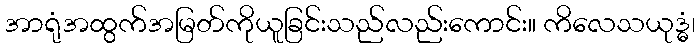
အာရုံအထွက်အမြတ်ကိုယူခြင်းသည်လည်းကောင်း။ ကိလေသယုဒ္ဓံ၊